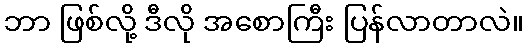
ဘာ ဖြစ်လို့ ဒီလို အစောကြီး ပြန်လာတာလဲ။